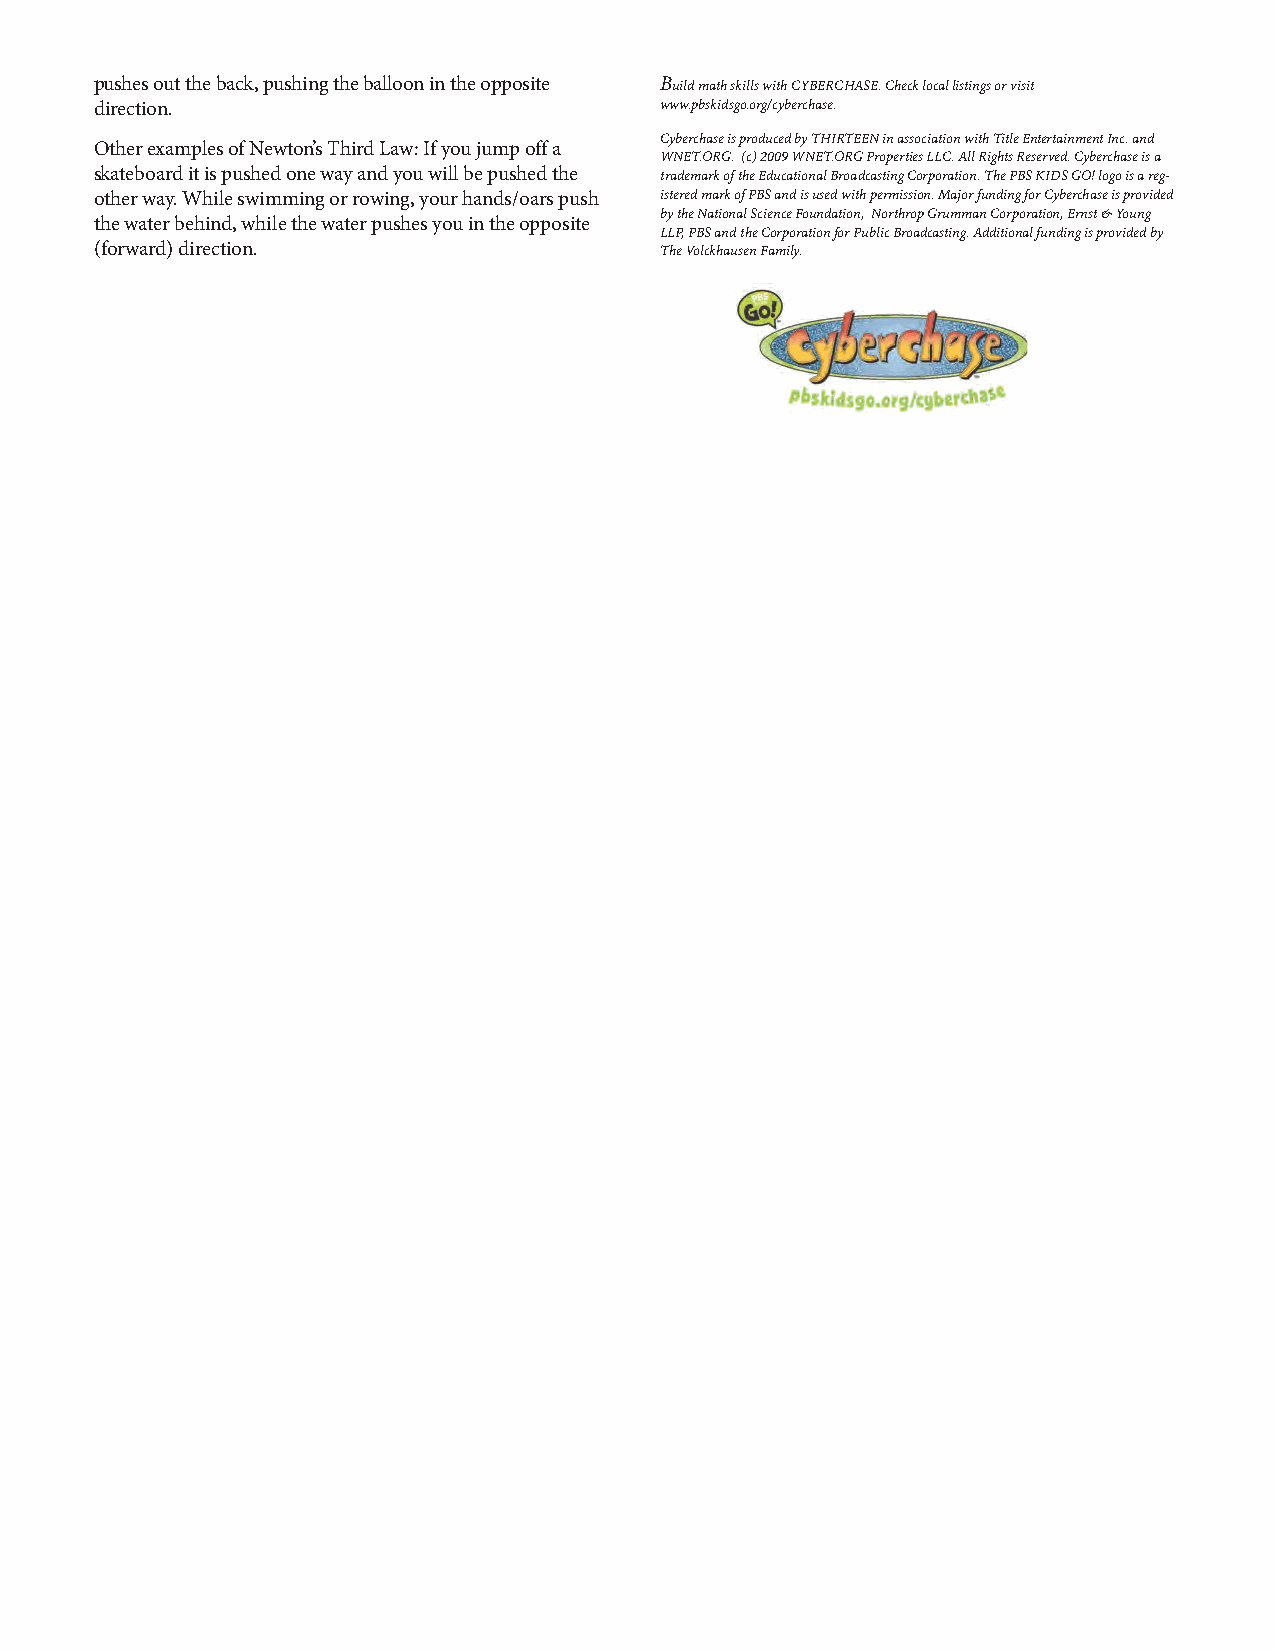
pushesouttheback,pushingtheballoonintheopposite BuildmathskillswithCYBERCHASE.Checklocallistingsorvisit
 direction.                            www.pbskidsgo.org/cyberchase.
 CyberchaseisproducedbyTHIRTEENinassociationwithTitleEntertainmentInc.and
 OtherexamplesofNewton’sThirdLaw:Ifyoujumpoffa
 WNET.ORG. (c)2009WNET.ORGPropertiesLLC.AllRightsReserved.Cyberchaseisa
 skateboarditispushedonewayandyouwillbepushedthe trademarkoftheEducationalBroadcastingCorporation.ThePBSKIDSGO!logoisareg-
 otherway.Whileswimmingorrowing,yourhands/oarspush isteredmarkofPBSandisusedwithpermission.MajorfundingforCyberchaseisprovided
 bytheNationalScienceFoundation, NorthropGrummanCorporation,Ernst&Young
 thewaterbehind,whilethewaterpushesyouintheopposite
 LLP,PBSandtheCorporationforPublicBroadcasting.Additionalfundingisprovidedby
 (forward)direction.                   TheVolckhausenFamily.